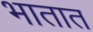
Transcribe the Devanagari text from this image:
भातात